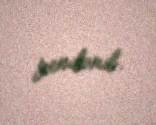
yenilənib.